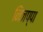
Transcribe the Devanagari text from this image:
निंजप्पा